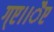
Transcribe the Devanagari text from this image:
ग्ए।।ैए